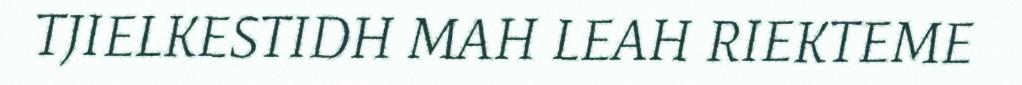
TJIELKESTIDH MAH LEAH RIEKTEME